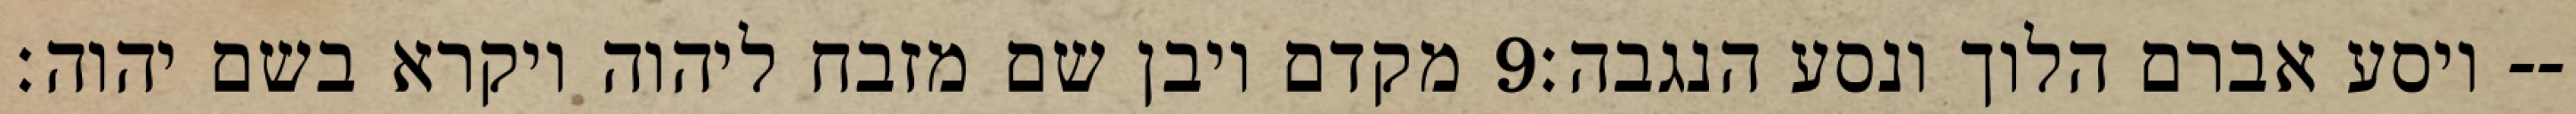
מקדם ויבן שם מזבח ליהוה ויקרא בשם יהוה׃ ‎9‏ ויסע אברם הלוך ונסע הנגבה׃--